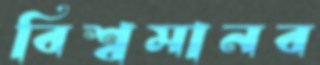
বিশ্বমানব